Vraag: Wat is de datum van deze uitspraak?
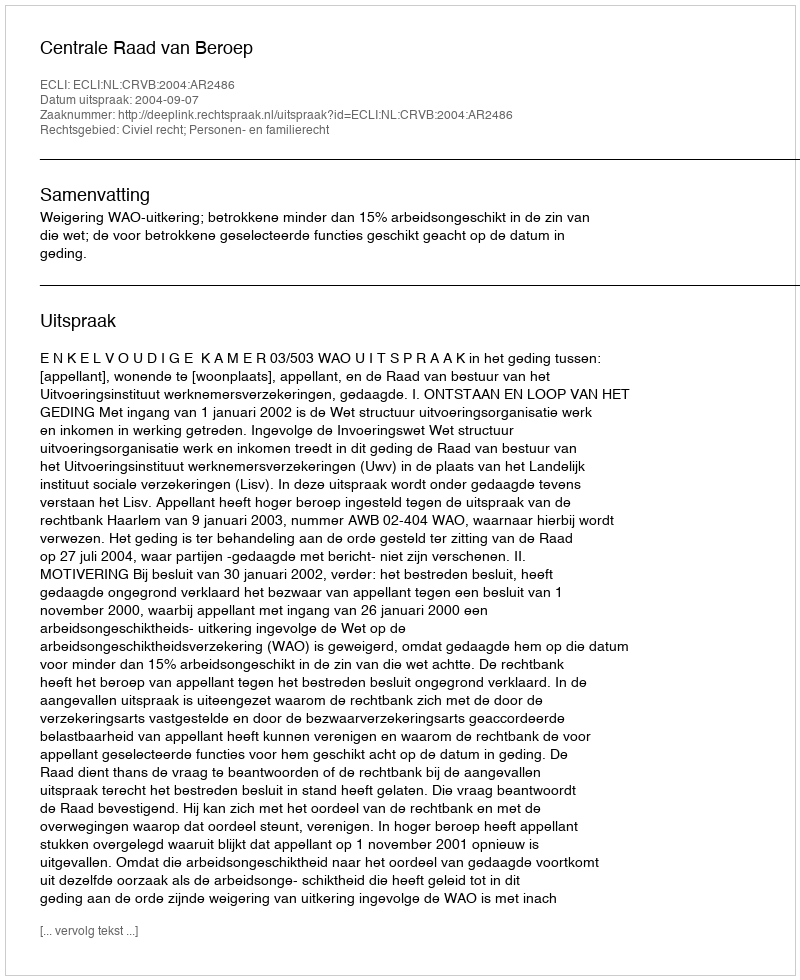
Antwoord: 2004-09-07